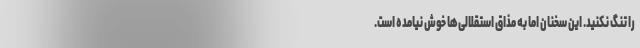
را تنگ نکنید. این سخنان اما به مذاق استقلالی‌‌ها خوش نیامده است.